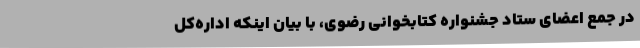
در جمع اعضای ستاد جشنواره کتابخوانی رضوی، با بیان اینکه اداره‌کل